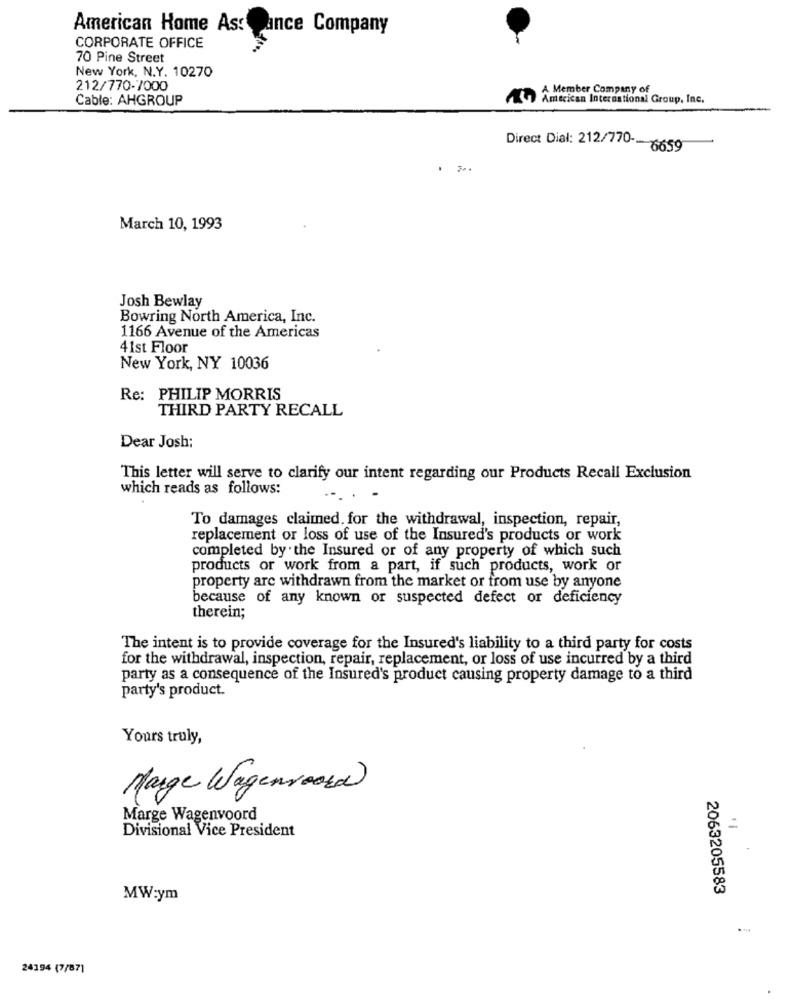
American Home Ast ance Company
CORPORATE OFFICE
70 Pine Street
New York, N.Y. 10270
212/770-7000
A Member Company of
Cable: AHGROUP
American International Group, Inc.
Direct Dial: 212/770 -- 6659
March 10, 1993
Josh Bewlay
Bowring North America, Inc.
1166 Avenue of the Americas
41st Floor
New York, NY 10036
Re: PHILIP MORRIS
THIRD PARTY RECALL
Dear Josh:
This letter will serve to clarify our intent regarding our Products Recall Exclusion
which reads as follows:
To damages claimed. for the withdrawal, inspection, repair,
replacement or loss of use of the Insured's products or work
completed by the Insured or of any property of which such
products or work from a part, if such products, work or
property arc withdrawn from the market or from use by anyone
because of any known or suspected defect or deficiency
therein;
The intent is to provide coverage for the Insured's liability to a third party for costs
for the withdrawal, inspection, repair, replacement, or loss of use incurred by a third
party as a consequence of the Insured's product causing property damage to a third
party's product.
Yours truly,
Marge Wagenroord
Marge Wagenvoord
Divisional Vice President
: 1
2063205583
MW:ym
-
24194 (7/87]